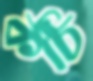
কঁচি